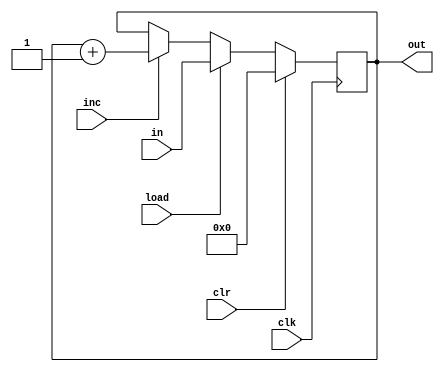
// Basic computer registers
module program_counter #(parameter n=16)
( 
	input clk, clr, load, inc,
	input [n-1:0] in,
	output reg [n-1:0] out
);
initial begin
	out <= 1'b0;
	end

always@(posedge clk)
	if(clr)
		out <= 0;
	else if(load)
		out <= in;
	else if(inc)
		out <= out + 1;
endmodule